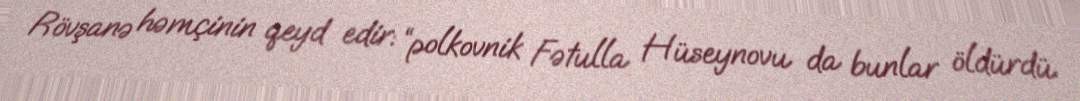
Rövşanə həmçinin qeyd edir: “polkovnik Fətulla Hüseynovu da bunlar öldürdü.